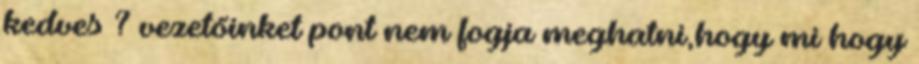
kedves ? vezetőinket pont nem fogja meghatni,hogy mi hogy